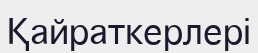
Қайраткерлері